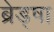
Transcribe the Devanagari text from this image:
ब्रेड्षा